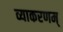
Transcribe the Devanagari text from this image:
व्याकरणम्